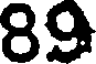
89